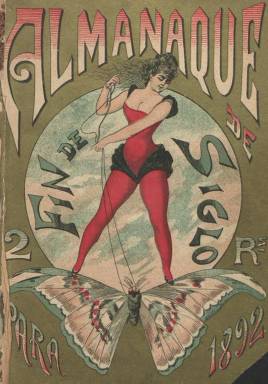
Título: Almanaque del Fin de siglo
Otros títulos: Almanaque de Fin de siglo
Colección: Almanaques || Literatura
Ámbito geográfico: Barcelona
Lugar de publicación: Barcelona
Fechas: 01/01/1892-31/12/1892

Publicación para el año 1892, de la revista ilustrada Fin de siglo, editada en Barcelona en 1891. Señala bajo su cabecera que está “escrito por los mejores escritores y dibujantes españoles y extranjeros”, y el volumen alcanza el medio millar de páginas (sin foliar), compuestas a una columna y llevando una cubierta estampada en cuatricromía.

Comienza con un Juicio del año, escrito en verso por Francisco J. Estevan. Le siguen a este los datos sobres sobre épocas célebres, mareas y eclipses y el cómputo eclesiástico, para a continuación dar cuenta del “almanaque” propiamente dicho, con indicación del santoral y textos divulgativos sobre el origen de los meses.

La mayor parte de sus páginas son textos en prosa y en verso (narraciones, poemas, artículos divulgativos y de costumbres, etc.), incluyendo también una Revista parisién, firmada por Guzmán de Alfarache, tal como lo hacía también en la propia revista.

Sus páginas están embellecidas con numerosas ilustraciones: retratos, escenas, alegorías, vistas, reproducciones artísticas y fotograbados, tanto en el interior de los textos como a plana completa, muchas de ellas acompañadas de pie de texto, y entre estos los de carácter humorístico, así como chistes y tiras gráficas. Muchas de estas ilustraciones carecen de autoría o resulta difícil distinguirlas, apareciendo la del dibujante y fotograbador José Passos (1862-1928) o la de L. Amat, Espinos y René Reineke, como ya lo hacían en la propia revista Fin de siglo.

Entre los autores de sus textos aparecen Luis del Val, José Zahonero, Eugenio Antonio Flores, Javier Florentín, J. Fernández Luján, V.S. Casañ, Enrique Castro, Alfonso Pérez Nieva, Pedro Barrantes, Pablo de Segovia, E. Segovia Rocaberti, Manuel Millás, F. Rodríguez Marín, V. Lastra y Jado, J. Valero de Tormos, Salvador Rueda, Eduardo Blasco, Miguel Sawa, José María de la Torre, Adolfo Llanos, Cátulo Mendés, Joaquín Dicenta, Campoamor, Pedro Barrantes, José Viera, Eduardo de Palacio, Rafael M. Mendive, Alfredo Merel, Marcial de los Ríos, Antonio F. Grillo, Gaspar Núñez de Arce, Emilio Ferrari, Antonio Arnao, Teodoro Guerrero, C. Ossorio y Gallardo, Manuel Ossorio y Bernard, Ventura Rodríguez Aguilera o Kasabal.

Para bibliografía sobre este tipo de publicaciones, véanse dos trabajos publicado por Jean-François Botrel en 2006 y 2015.